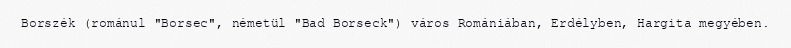
Borszék (románul "Borsec", németül "Bad Borseck") város Romániában, Erdélyben, Hargita megyében.